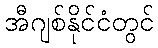
အီဂျစ်နိုင်ငံတွင်